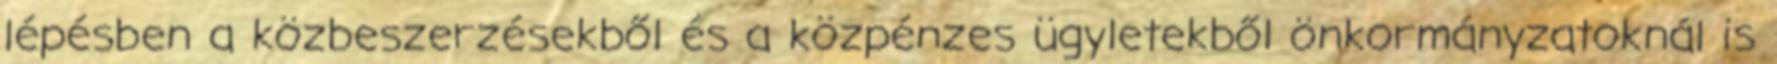
lépésben a közbeszerzésekből és a közpénzes ügyletekből önkormányzatoknál is